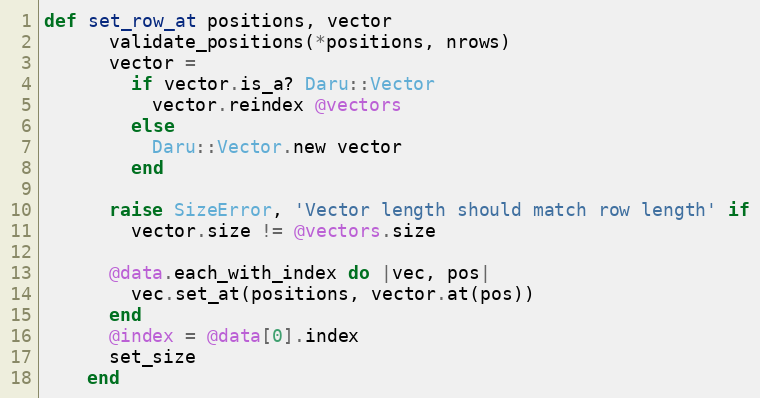
Language: Ruby
def set_row_at positions, vector
      validate_positions(*positions, nrows)
      vector =
        if vector.is_a? Daru::Vector
          vector.reindex @vectors
        else
          Daru::Vector.new vector
        end

      raise SizeError, 'Vector length should match row length' if
        vector.size != @vectors.size

      @data.each_with_index do |vec, pos|
        vec.set_at(positions, vector.at(pos))
      end
      @index = @data[0].index
      set_size
    end